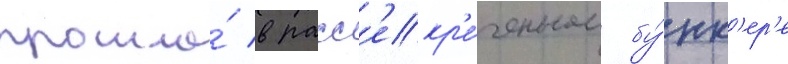
прошла́ в расс'екр'е́ченном бу́нк'ер'е